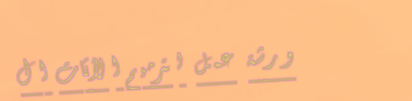
ورشة عمل لترميم الأثاث ال